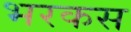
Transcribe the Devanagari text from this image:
भरकस